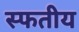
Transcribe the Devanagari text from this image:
स्फतीय